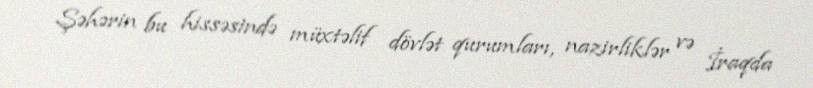
Şəhərin bu hissəsində müxtəlif dövlət qurumları, nazirliklər və İraqda